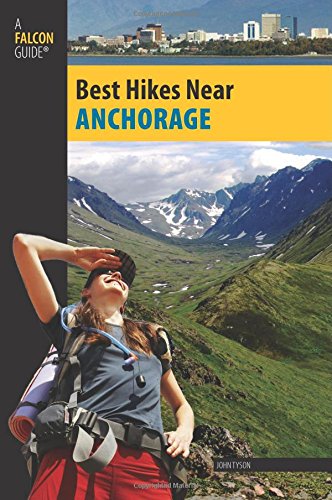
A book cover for Best Hikes Near Anchorage (Best Hikes Near Series); John Tyson; Travel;